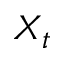
X _ { t }